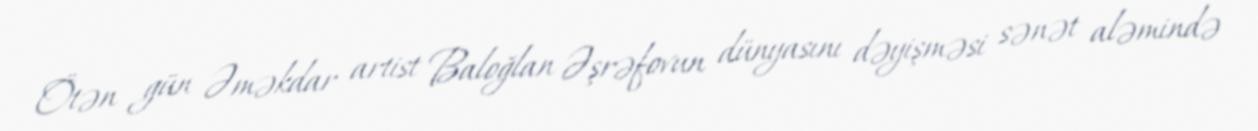
Ötən gün Əməkdar artist Baloğlan Əşrəfovun dünyasını dəyişməsi sənət aləmində